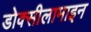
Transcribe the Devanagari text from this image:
डोक्सीलामाइन